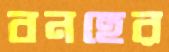
বনহের